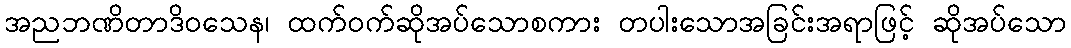
အညဘဏိတာဒိဝသေန၊ ထက်ဝက်ဆိုအပ်သောစကား တပါးသောအခြင်းအရာဖြင့် ဆိုအပ်သော